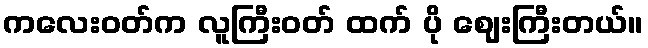
ကလေးဝတ်က လူကြီးဝတ် ထက် ပို ဈေးကြီးတယ်။